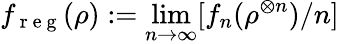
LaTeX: f_{\mathrm{~r~e~g~}}(\rho):=\operatorname*{lim}_{n\rightarrow\infty}[f_{n}(\rho^{\otimes n})/n]